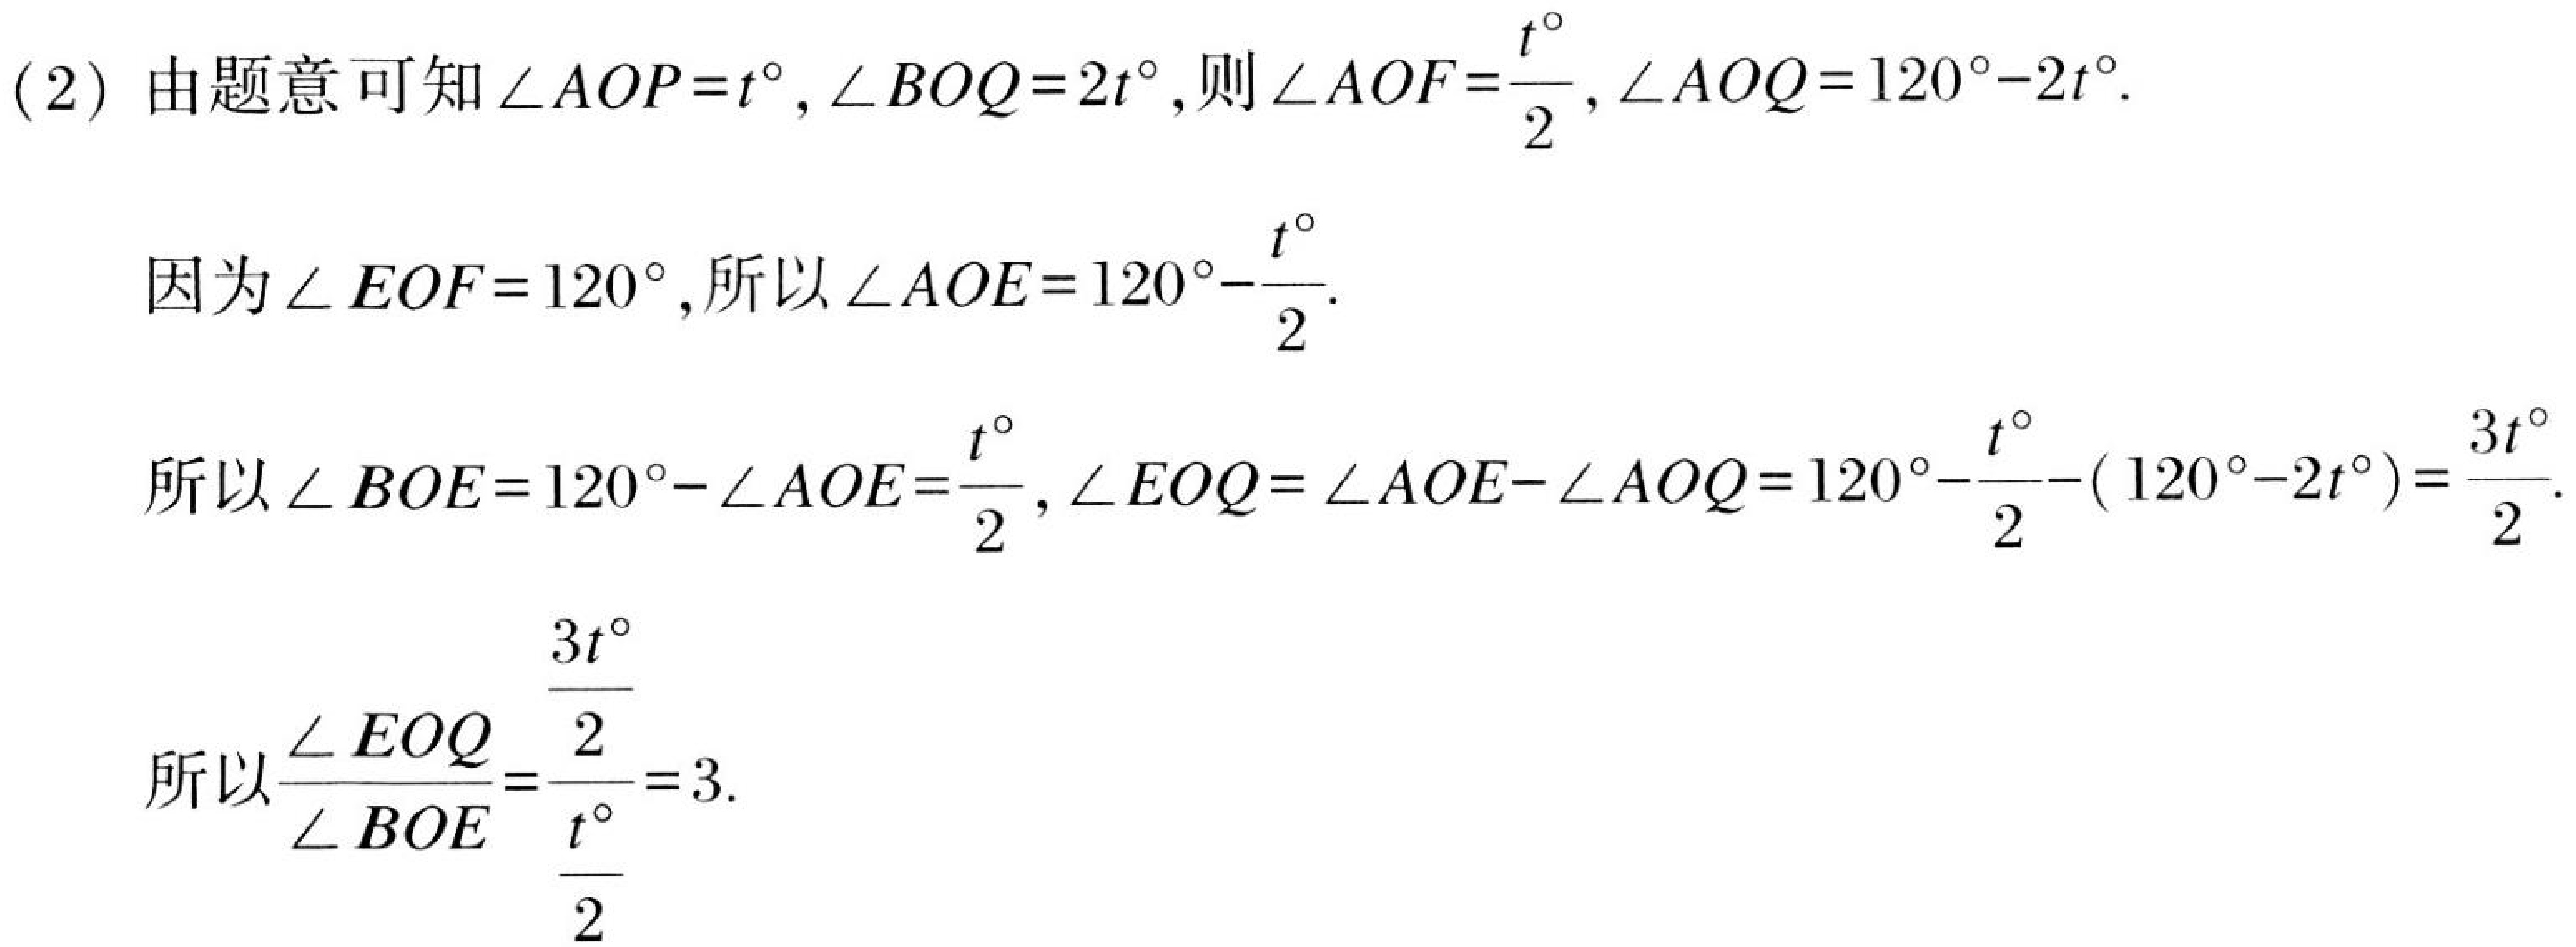
(2) 由题意可知\(\angle AOP = t^{\circ}, \angle BOQ = 2t^{\circ}\), 则\(\angle AOF=\frac{t^{\circ}}{2}, \angle AOQ = 120^{\circ}-2t^{\circ}\).

因为\(\angle EOF = 120^{\circ}\), 所以\(\angle AOE = 120^{\circ}-\frac{t^{\circ}}{2}\).

所以\(\angle BOE = 120^{\circ}-\angle AOE=\frac{t^{\circ}}{2}, \angle EOQ=\angle AOE - \angle AOQ = 120^{\circ}-\frac{t^{\circ}}{2}-(120^{\circ}-2t^{\circ})=\frac{3t^{\circ}}{2}\).

所以\(\frac{\angle EOQ}{\angle BOE}=\frac{\frac{3t^{\circ}}{2}}{\frac{t^{\circ}}{2}} = 3\).